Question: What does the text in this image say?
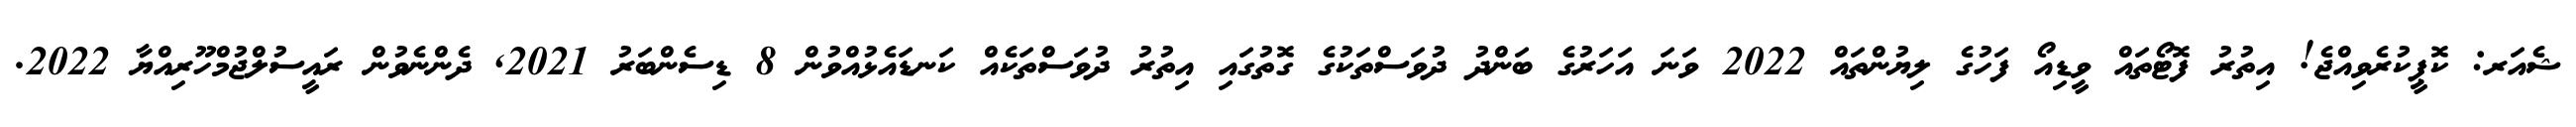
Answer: ޝެއަރ: ކޮޕީކުރެވިއްޖެ! އިތުރު ފޮޓޯތައް ވީޑިއޯ ފަހުގެ ލިޔުންތައް 2022 ވަނަ އަހަރުގެ ބަންދު ދުވަސްތަކުގެ ގޮތުގައި އިތުރު ދުވަސްތަކެއް ކަނޑައެޅުއްވުން 8 ޑިސެންބަރު 2021, ދެންނެވުން ރައީސުލްޖުމްހޫރިއްޔާ 2022.